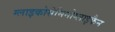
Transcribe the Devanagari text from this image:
ग्लाइकोसेमिनोग्लाइकैन